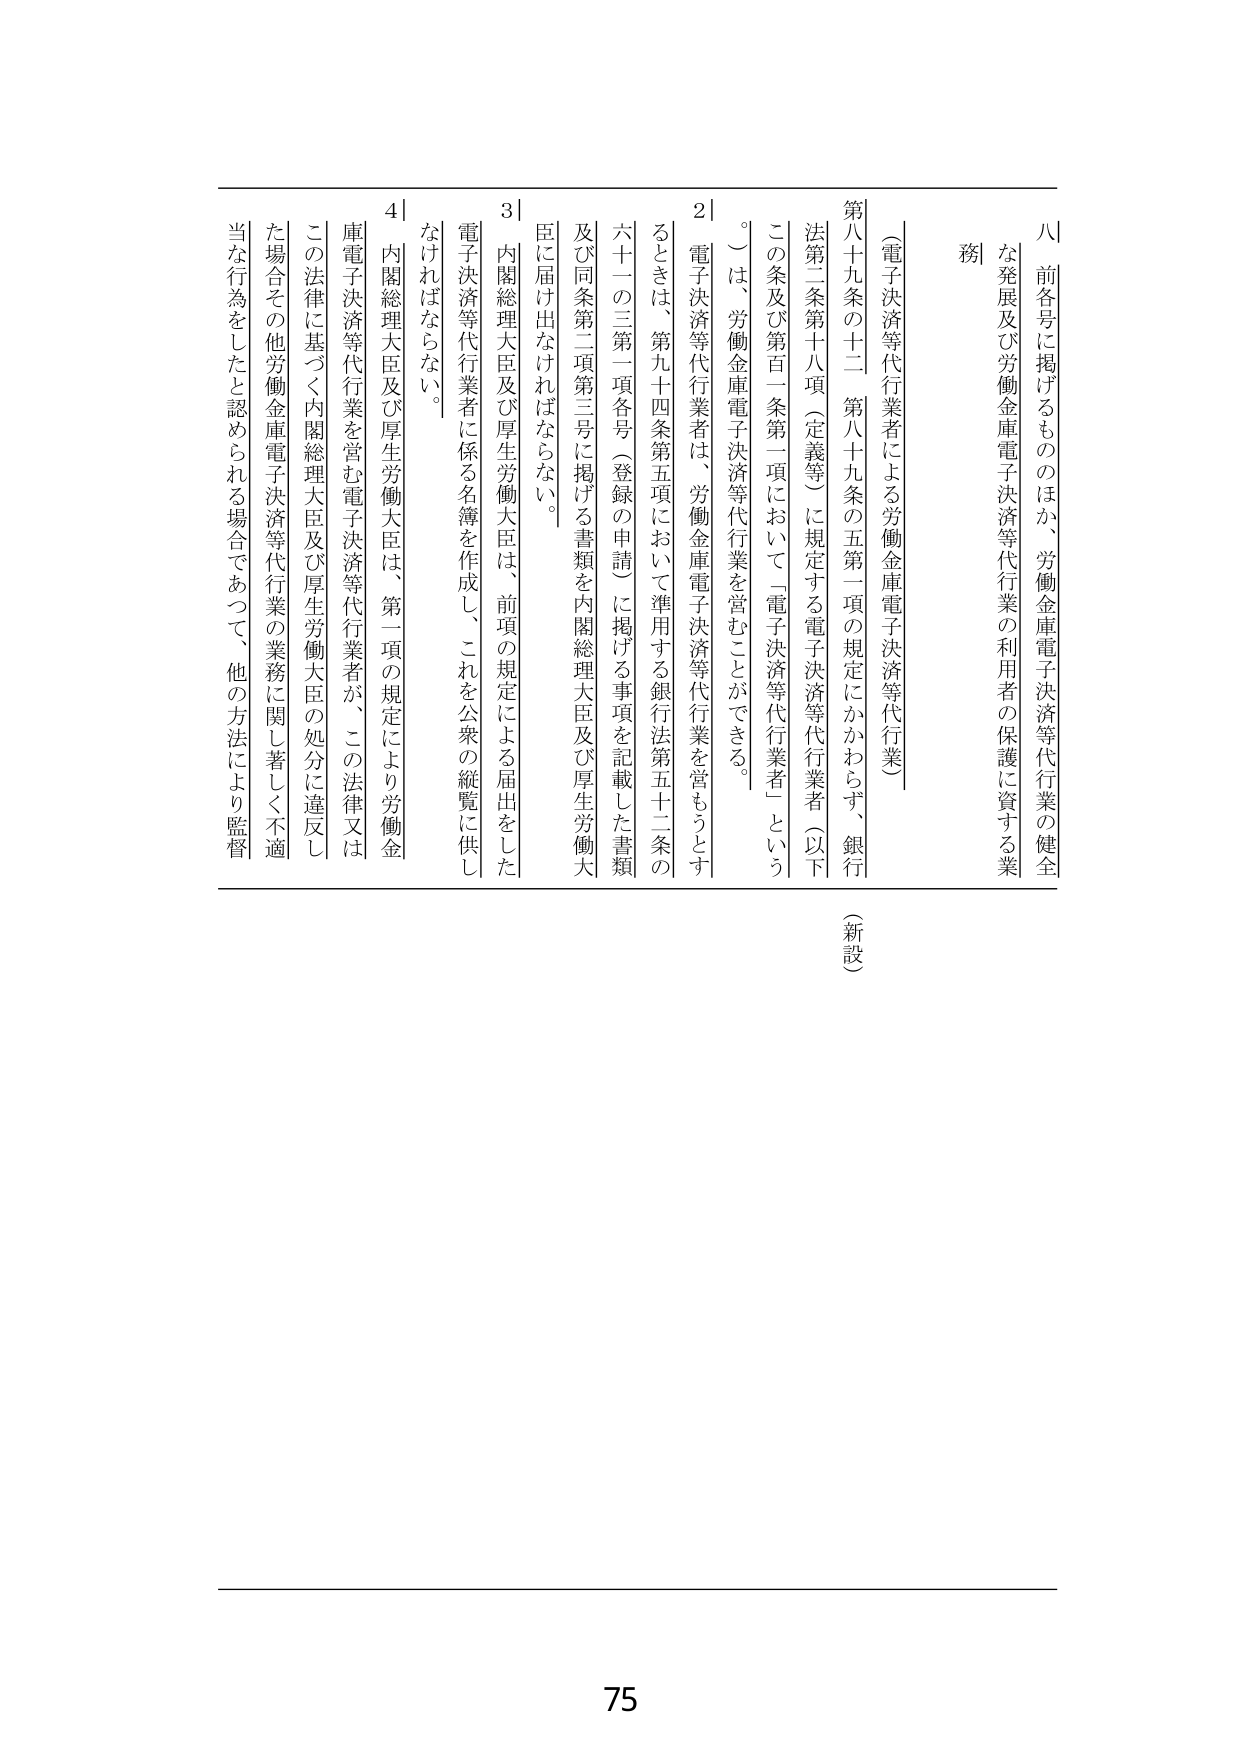
八 前各号に掲げるもののほか、労働金庫電子決済等代行業の健全な発展及び労働金庫電子決済等代行業の利用者の保護に資する業務

（電子決済等代行業者による労働金庫電子決済等代行業）

第八十九条の十二 第八十九条の五第一項の規定にかかわらず、銀行法第二条第十八項（定義等）に規定する電子決済等代行業者（以下この条及び第百一条第一項において「電子決済等代行業者」という。）は、労働金庫電子決済等代行業を営むことができる。

２ 電子決済等代行業者は、労働金庫電子決済等代行業を営もうとするときは、第九十四条第五項において準用する銀行法第五十二条の六十一の三第一項各号（登録の申請）に掲げる事項を記載した書類及び同条第二項第三号に掲げる書類を内閣総理大臣及び厚生労働大臣に届け出なければならない。

３ 内閣総理大臣及び厚生労働大臣は、前項の規定による届出をした電子決済等代行業者に係る名簿を作成し、これを公衆の縦覧に供しなければならない。

４ 内閣総理大臣及び厚生労働大臣は、第一項の規定により労働金庫電子決済等代行業を営む電子決済等代行業者が、この法律又はこの法律に基づく内閣総理大臣及び厚生労働大臣の処分に違反した場合その他労働金庫電子決済等代行業の業務に関し著しく不適当な行為をしたと認められる場合であつて、他の方法により監督

（新設）

75